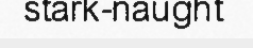
stark-naught